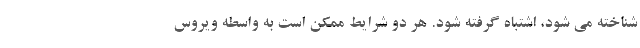
شناخته می شود، اشتباه گرفته شود. هر دو شرایط ممکن است به واسطه ویروس